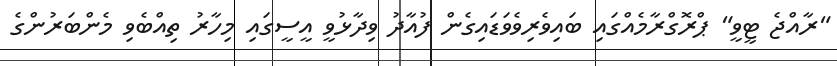
"ރާއްޖެ ޓީވީ" ޕްރޮގްރާމެއްގައި ބައިވެރިވެވަޑައިގެން ފުއާދު ވިދާޅުވީ އީސީގައި މިހާރު ތިއްބެވި މެންބަރުންގެ